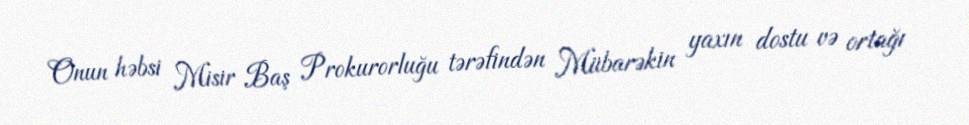
Onun həbsi Misir Baş Prokurorluğu tərəfindən Mübarəkin yaxın dostu və ortağı